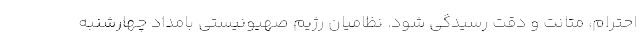
احترام، متانت و دقت رسیدگی شود. نظامیان رژیم صهیونیستی بامداد چهارشنبه